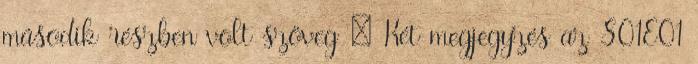
második részben volt szöveg : Két megjegyzés az S01E01